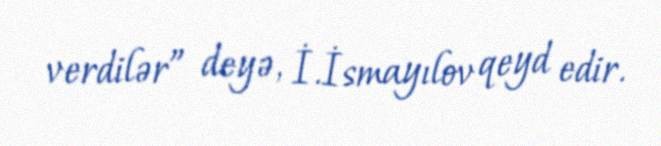
verdilər” deyə, İ.İsmayılov qeyd edir.